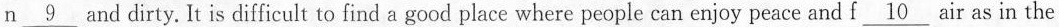
n\underline{9} and dirty. It is difficult to find a good place where people can enjoy peace and f\underline{10} air as in the